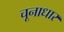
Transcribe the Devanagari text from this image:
चूनाधार